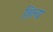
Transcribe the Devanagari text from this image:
शिल्य